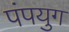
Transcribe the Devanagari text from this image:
पंपयुग